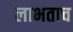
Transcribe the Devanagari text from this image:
लाभताच